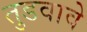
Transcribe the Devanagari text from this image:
तुडवावे